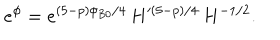
e ^ { \phi } = e ^ { ( 5 - p ) \phi _ { B 0 } / 4 } \, H ^ { ( 5 - p ) / 4 } \, H ^ { - 1 / 2 } .